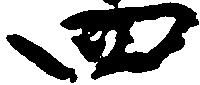
四